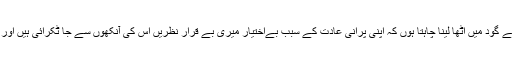
" یہ کہہ کر میں اسے گود میں اٹھا لینا چاہتا ہوں کہ اپنی پرانی عادت کے سبب بےاختیار میری بے قرار نظریں اس کی آنکھوں سے جا ٹکرائی ہیں اور میں اچھل پڑتا ہوں۔